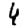
Digit: 4